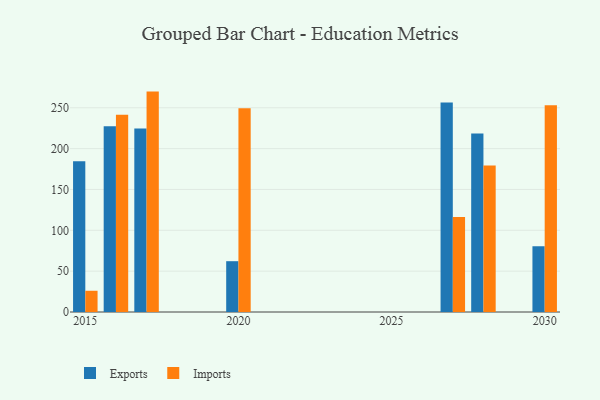
{"axis": {"x": "Year", "y": "Market Share (%)"}, "legend": ["Exports", "Imports"], "data": [{"x": "2015", "y": 184.5, "type": "Exports"}, {"x": "2015", "y": 26.0, "type": "Imports"}, {"x": "2030", "y": 80.4, "type": "Exports"}, {"x": "2030", "y": 253.1, "type": "Imports"}, {"x": "2017", "y": 224.5, "type": "Exports"}, {"x": "2017", "y": 269.8, "type": "Imports"}, {"x": "2016", "y": 227.4, "type": "Exports"}, {"x": "2016", "y": 241.6, "type": "Imports"}, {"x": "2020", "y": 62.2, "type": "Exports"}, {"x": "2020", "y": 249.4, "type": "Imports"}, {"x": "2027", "y": 256.5, "type": "Exports"}, {"x": "2027", "y": 116.2, "type": "Imports"}, {"x": "2028", "y": 218.5, "type": "Exports"}, {"x": "2028", "y": 179.3, "type": "Imports"}]}